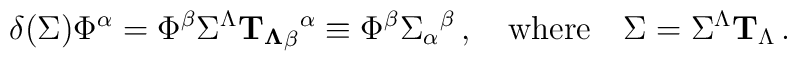
\delta(\Sigma) \Phi^\alpha = \Phi^\beta \Sigma^\Lambda{\bf T_\Lambda}_\beta{}^\alpha \equiv \Phi^\beta\Sigma_\alpha{}^\beta\,,\quad \mbox{where}\quad \Sigma = \Sigma^\Lambda{\bf T}_\Lambda\,.